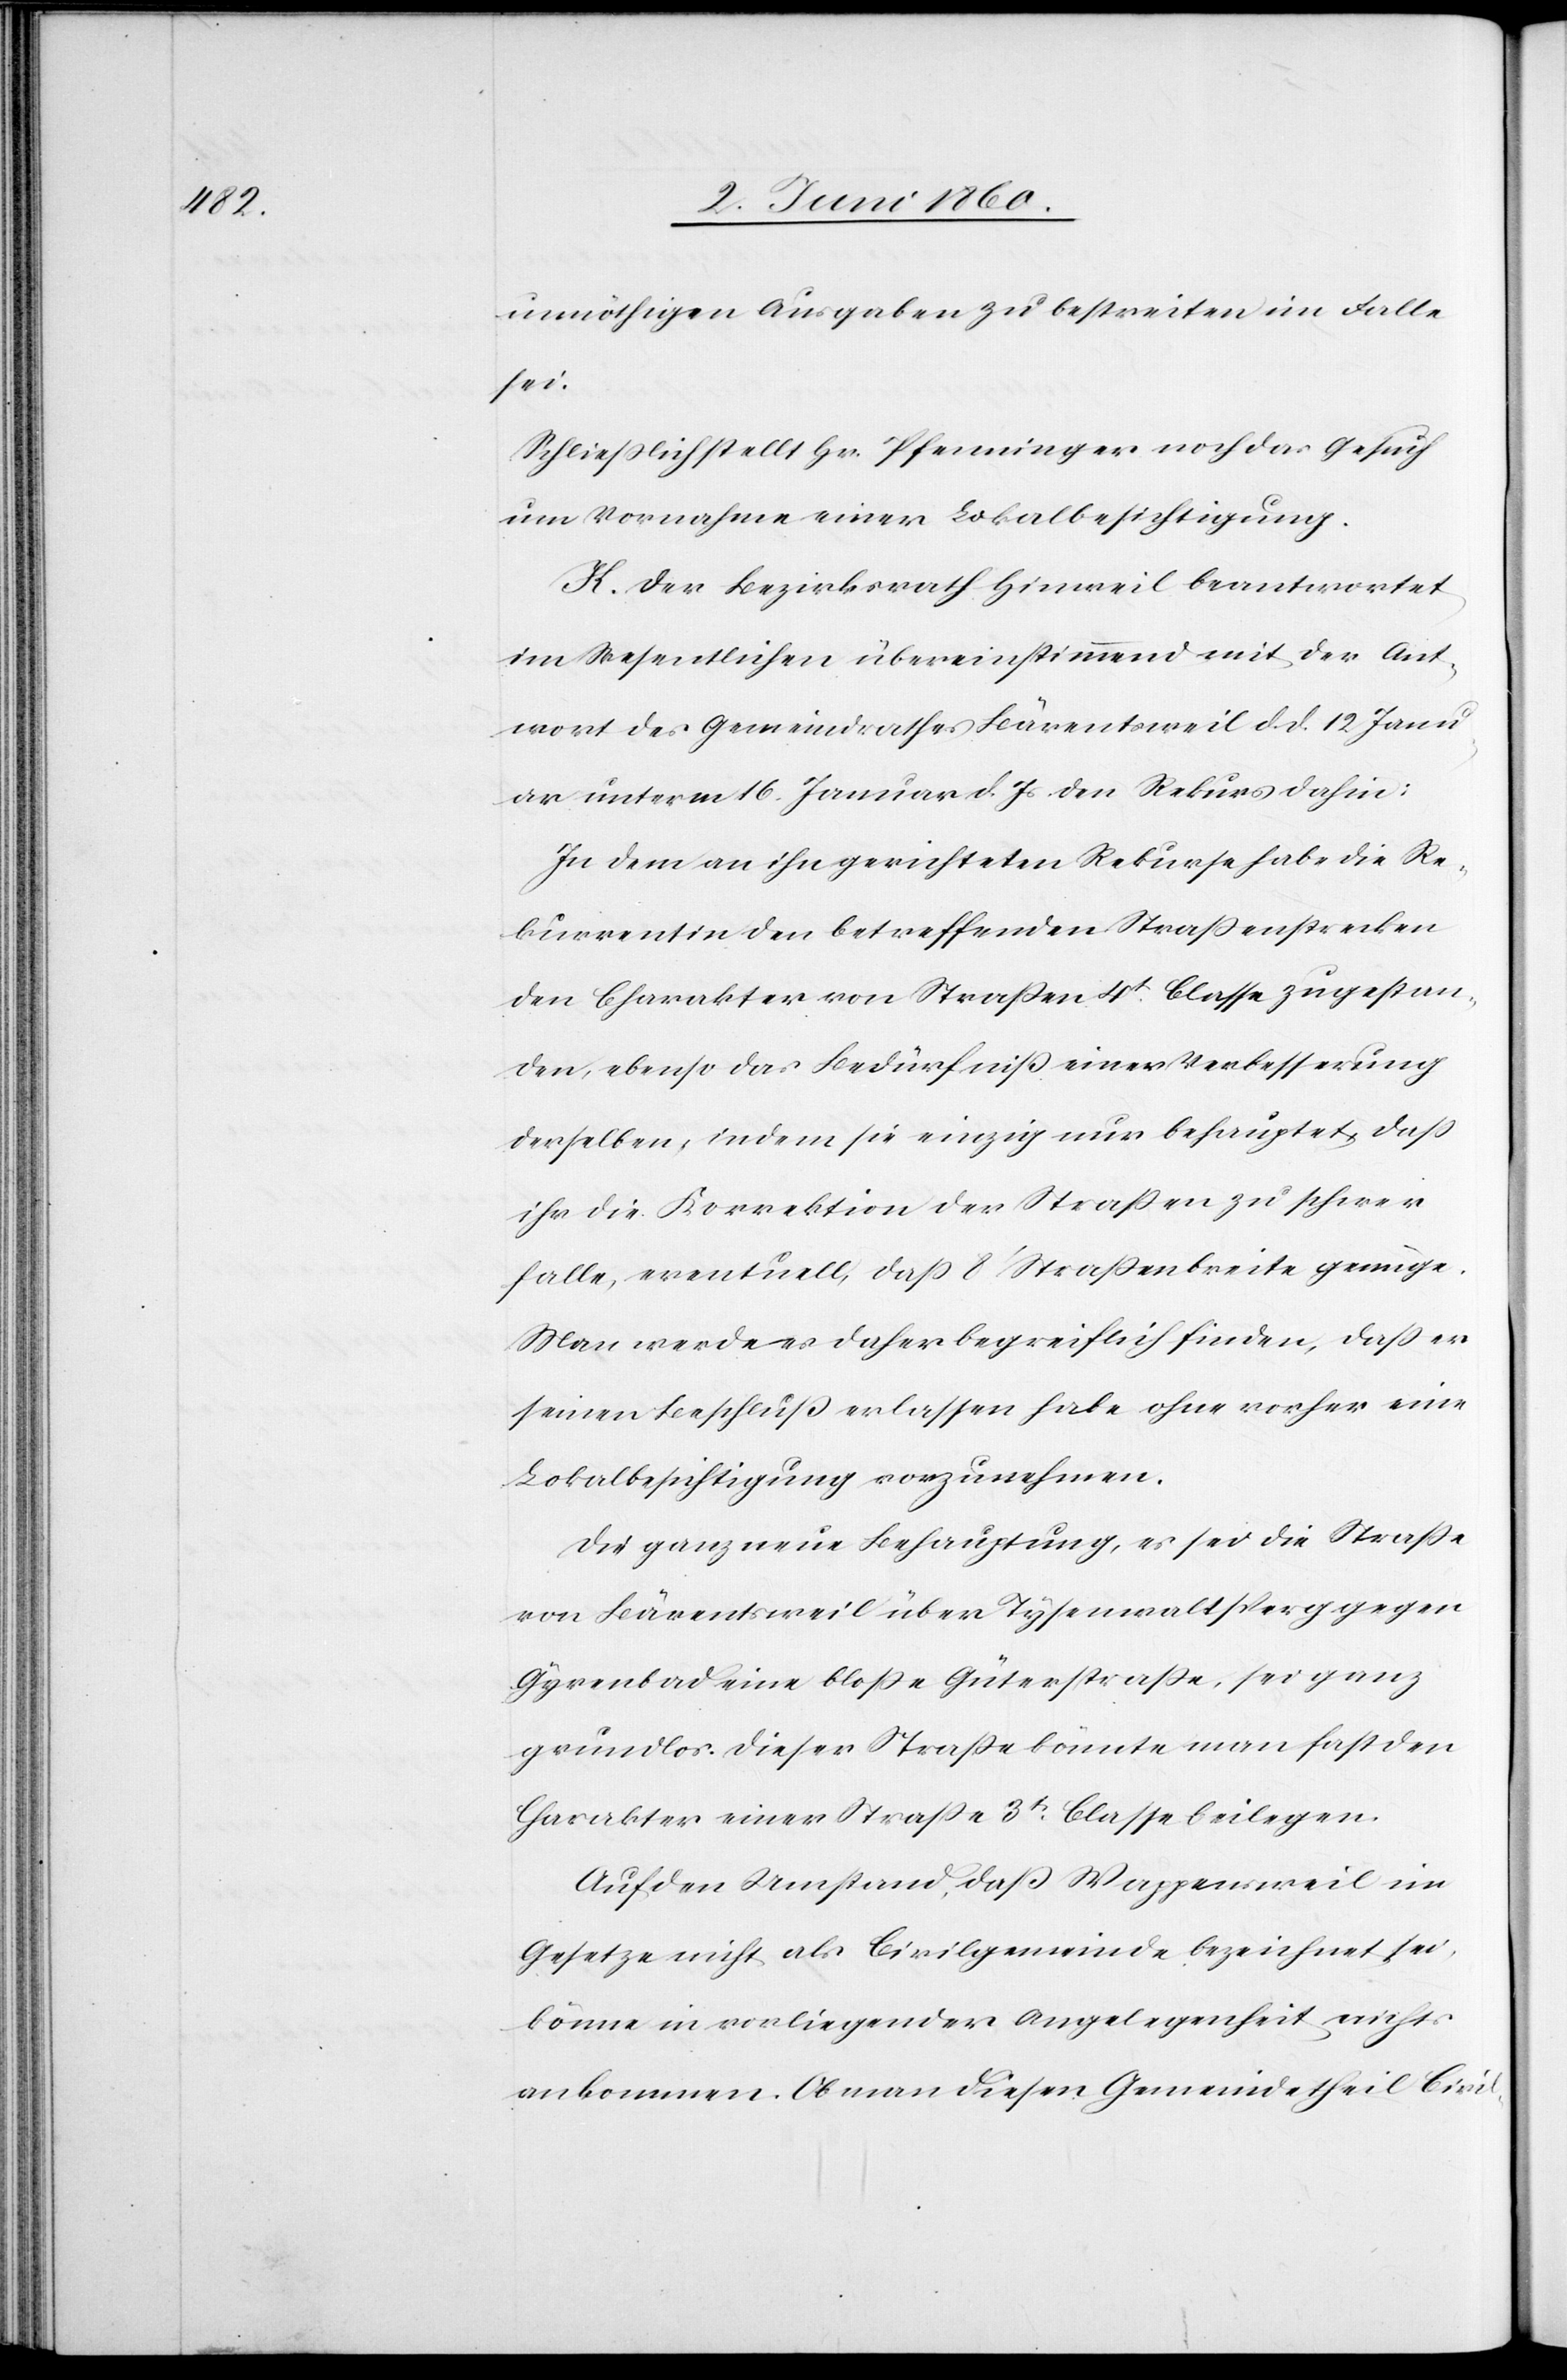
unnöthigen Ausgaben zu bestreiten im Falle
sei.
Schliesslich stellt Hr. Pfenninger noch das Gesuch
um Vornahme einer Lokalbesichtigung.
K. Der Bezirksrath Hinweil beantwortet
im Wesentlichen übereinstimmend mit der Ant¬
wort des Gemeindrathes Bärentsweil d. d. 12. Janu¬
ar unterm 16. Januar d. Js. den Rekurs dahin:
In dem an ihn gerichteten Rekurse habe die Re¬
kurrentin den betreffenden Strassenstrecken
den Charakter von Strassen 4t Classe zugestan¬
den, ebenso das Bedürfniss einer Verbesserung
derselben, indem sie einzig nur behauptet, dass
ihr die Korrektion der Strassen zu schwer
falle, eventuell, dass 8’ Strassenbreite genüge.
Man werde es daher begreiflich finden, dass er
einen Beschluss erlassen habe, ohne vorher eine
Lokalbesichtigung vorzunehmen.
Die ganz neue Behauptung, es sei die Strasse
von Bärentsweil über Tysenwaltsperg gegen
Gyrenbad eine blosse Güterstrasse, sei ganz
grundlos. Dieser Strasse könnte man fast den
Charakter einer Strasse 3t Classe beilegen.
Auf den Umstand, dass Wappensweil im
Gesetze nicht als Civilgemeinde bezeichnet sei,
könne in vorliegender Angelegenheit nichts
ankommen. Ob man diesen Gemeindetheil Civil-